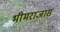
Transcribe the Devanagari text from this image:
भीमराजास